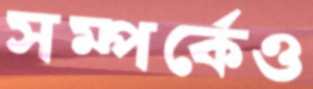
সম্পর্কেও